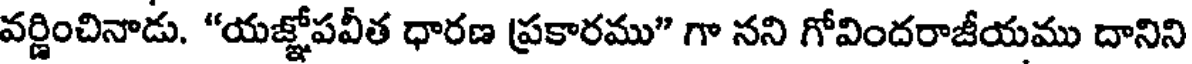
వర్ణించినాడు. "యజ్ఞోపవీత ధారణ ప్రకారము" గా నని గోవిందరాజీయము దానిని